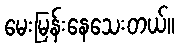
မေးမြန်းနေသေးတယ်။